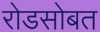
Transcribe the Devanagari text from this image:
रोडसोबत